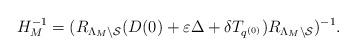
LaTeX: \begin{align*}H_M^{-1}=(R_{\Lambda_M\setminus\mathcal{S}}({D}(0)+\varepsilon\Delta+\delta{T}_{q^{(0)}})R_{\Lambda_M\setminus\mathcal{S}})^{-1}.\end{align*}